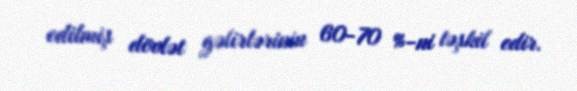
edilmiş dövlət gəlirlərinin 60-70 %-ni təşkil edir.